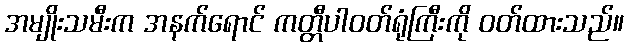
အမျိုးသမီးက အနက်ရောင် ကတ္တီပါဝတ်ရုံကြီးကို ဝတ်ထားသည်။